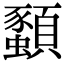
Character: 𫖨